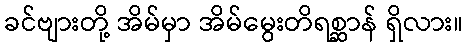
ခင်ဗျားတို့ အိမ်မှာ အိမ်မွေးတိရစ္ဆာန် ရှိလား။